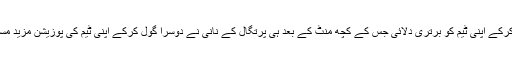
میچ کے 50 ویں منٹ میں رونالڈو نے ہیڈر کی مدد سے گول کرکے اپنی ٹیم کو برتری دلائی جس کے کچھ منٹ کے بعد ہی پرتگال کے نانی نے دوسرا گول کرکے اپنی ٹیم کی پوزیشن مزید مستحکم کر دی، یہ دباؤ ویلز پر میچ کے آخری وقت تک قائم رہا۔